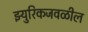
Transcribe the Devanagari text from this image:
झ्युरिकजवळील